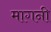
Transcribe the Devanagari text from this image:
मागनी